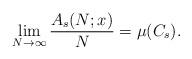
LaTeX: \begin{align*}\lim_{N\to \infty} \frac{A_s(N;x)}{N} = \mu(C_s).\end{align*}